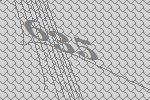
635